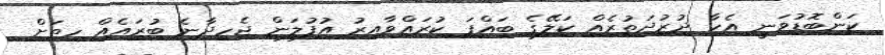
ކަންބޮޑުވަނީ އެހާ ދުރުދަތުރެއް ކަލޭގެ ބައްޕަ ކުރައްވާއިރު އުފުލަން ޖެހިދާނެ ބުރައެއް ހިތަށް